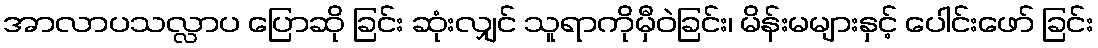
အာလာပသလ္လာပ ပြောဆို ခြင်း ဆုံးလျှင် သူရာကိုမှီဝဲခြင်း၊ မိန်းမများနှင့် ပေါင်းဖော် ခြင်း